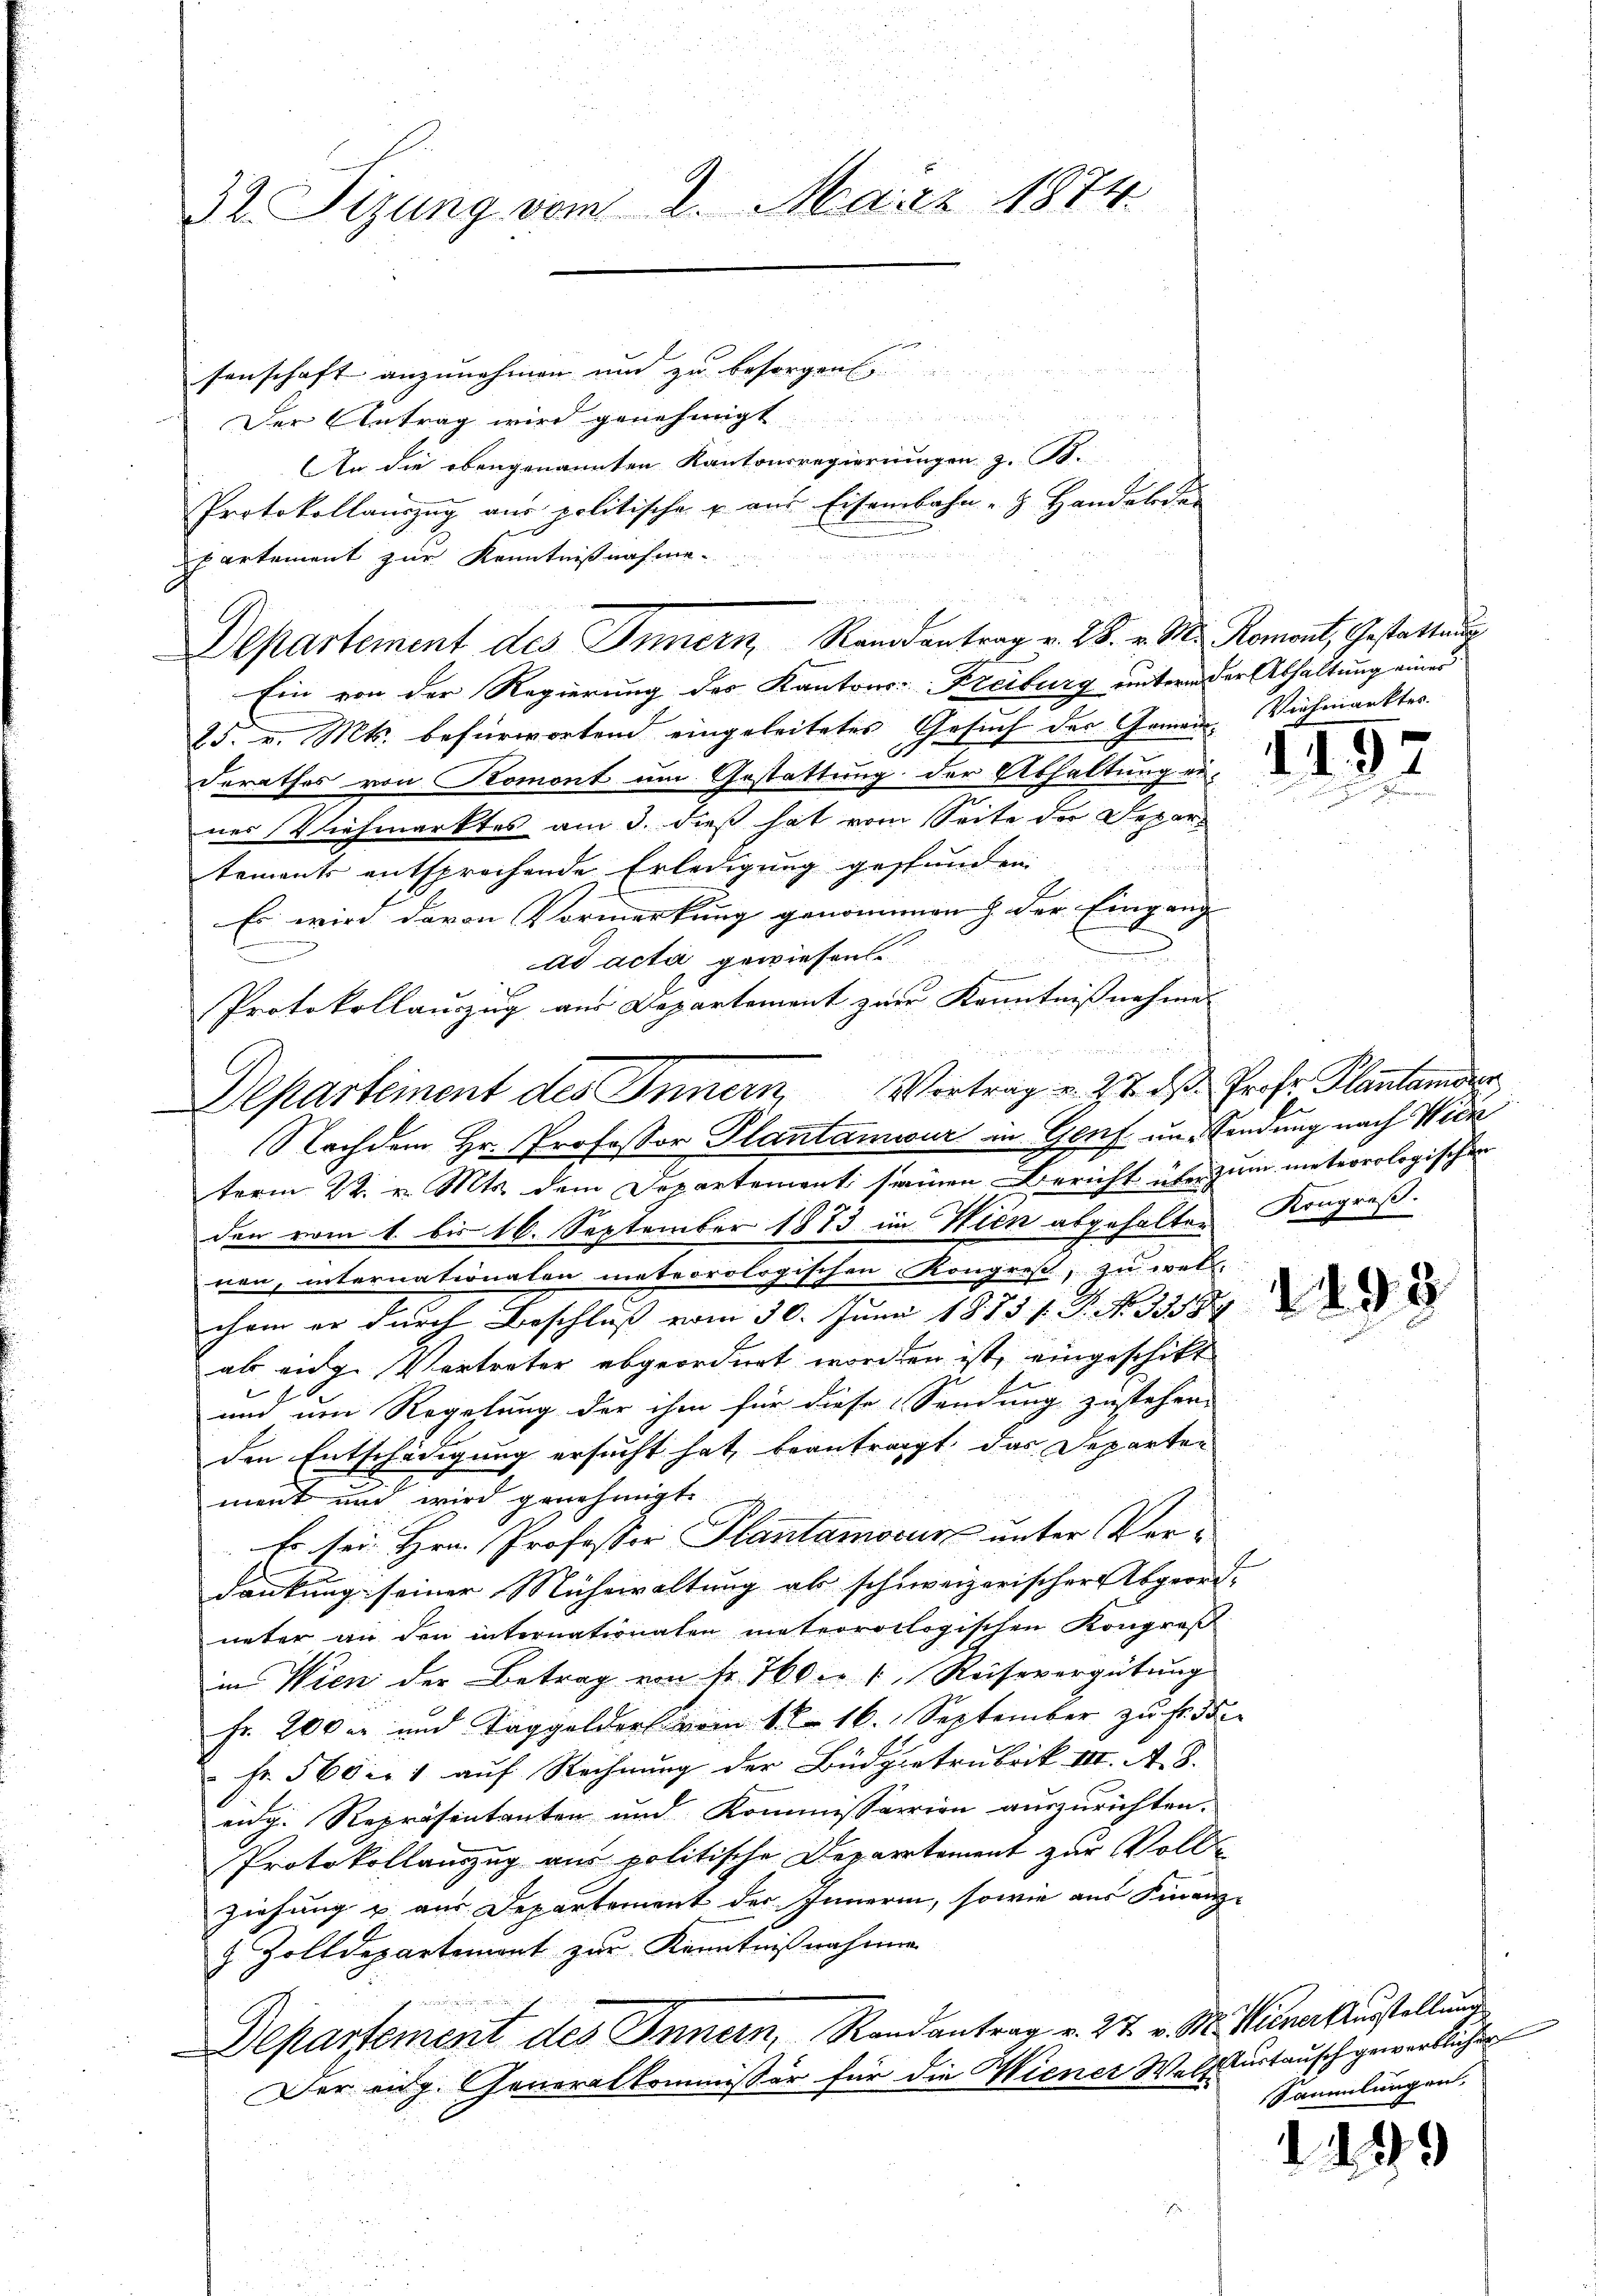
32 Sizung vom 2. März 1874.

senschaft anzunehmen und zu besorgen
Der Antrag wird genehmigt.
An die ebengenannten Kantonsregierungen z. B.
Protokollauszug aus politische u. aus Eisenbahn - Handelsdor
partement zur Kenntnißnahme.
Departement des Innern Randantrag v. 28. v. M. Romont, Gestattung
Ein von der Regierung des Kantons-Freiburg unterm der Abhaltung einer
25. v. Mts. befürwortend eingeleitetes Gesuch der Gemein Vielmankter.
derathes von Koment um Gestattung der Abhaltung in d
nes Viehmarktes am 3. dieß hat vom Seite der Departements entsprechende Erledigung gestunden
Es wird davon Vormerkung genommen der Eingang |
s
ad acta gewiesen.
Protokollanzug aus Departement zur Kenntnissnahme |
term 22. v. Mts. dem Departement seinen Bericht über zum meteorologischen
den vom 1. bis 16. September 1873 im Hien abgehalten Kongreß.
nen, internationalen meteorologischen Kongreß, zu wel-
chem er durch Beschluss vom 30. Juni 1815. N. N. 338
abs einge Vertreter abgeordnet worden ist, eingeschikt
und um Regelung der ihm für diese Sendung zustehen.
den Entschädigung ersucht hat, beantragt, das Departen
ment und wird genehmigt.
Es sei. Hrn. Professor Plantamocus unter Verdankung seiner Mühewaltung ab schweizerischer Abgeord-
ueter an den internationalen meteorologischen Kongreß
i Wien der Betrag von Fr. 760 c. 1 Reisevergütung
Fr. 200 er und Taggeldert vom 1. 16. September zu seiden
Fr. 560 x 1 auf Rechnung der Büdgetrubrik III. A. S.
eng. Repräsentanten und Kommissarien auszurichten.
Protokollauszug aus politische Departement zur Voll¬
Ziehung & aus Departement des Inneren, sowie aus Finanz-
& Zolldepartemont zur Kenntnißnahmen
Departement des Innern, Randantrag v. 27. v. M. Wiener Austellung
Der eidg. Generalkommissär für die Wiener Weltkurtausch gewerblicher

Departement des Innern, Vortrag v. 22. ds Prof. Plantanisier
Nachdem Hr. Professor Plantamwur in Genf im Sendung nach Wick

Sammlungen,

1499